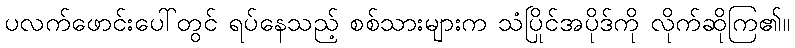
ပလက်ဖောင်းပေါ်တွင် ရပ်နေသည့် စစ်သားများက သံပြိုင်အပိုဒ်ကို လိုက်ဆိုကြ၏။